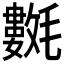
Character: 𣰟